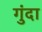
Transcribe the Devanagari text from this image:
गुंदा